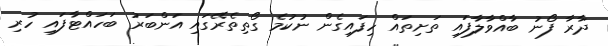
ދާރާ ފޯނު ބާއްވާލާފައި ތަށިތައް ހިފައިގެން ނުކުމެ ގޯތިތެރޭގައި އަންބަރު ބަހައްޓާފައި ހުރި